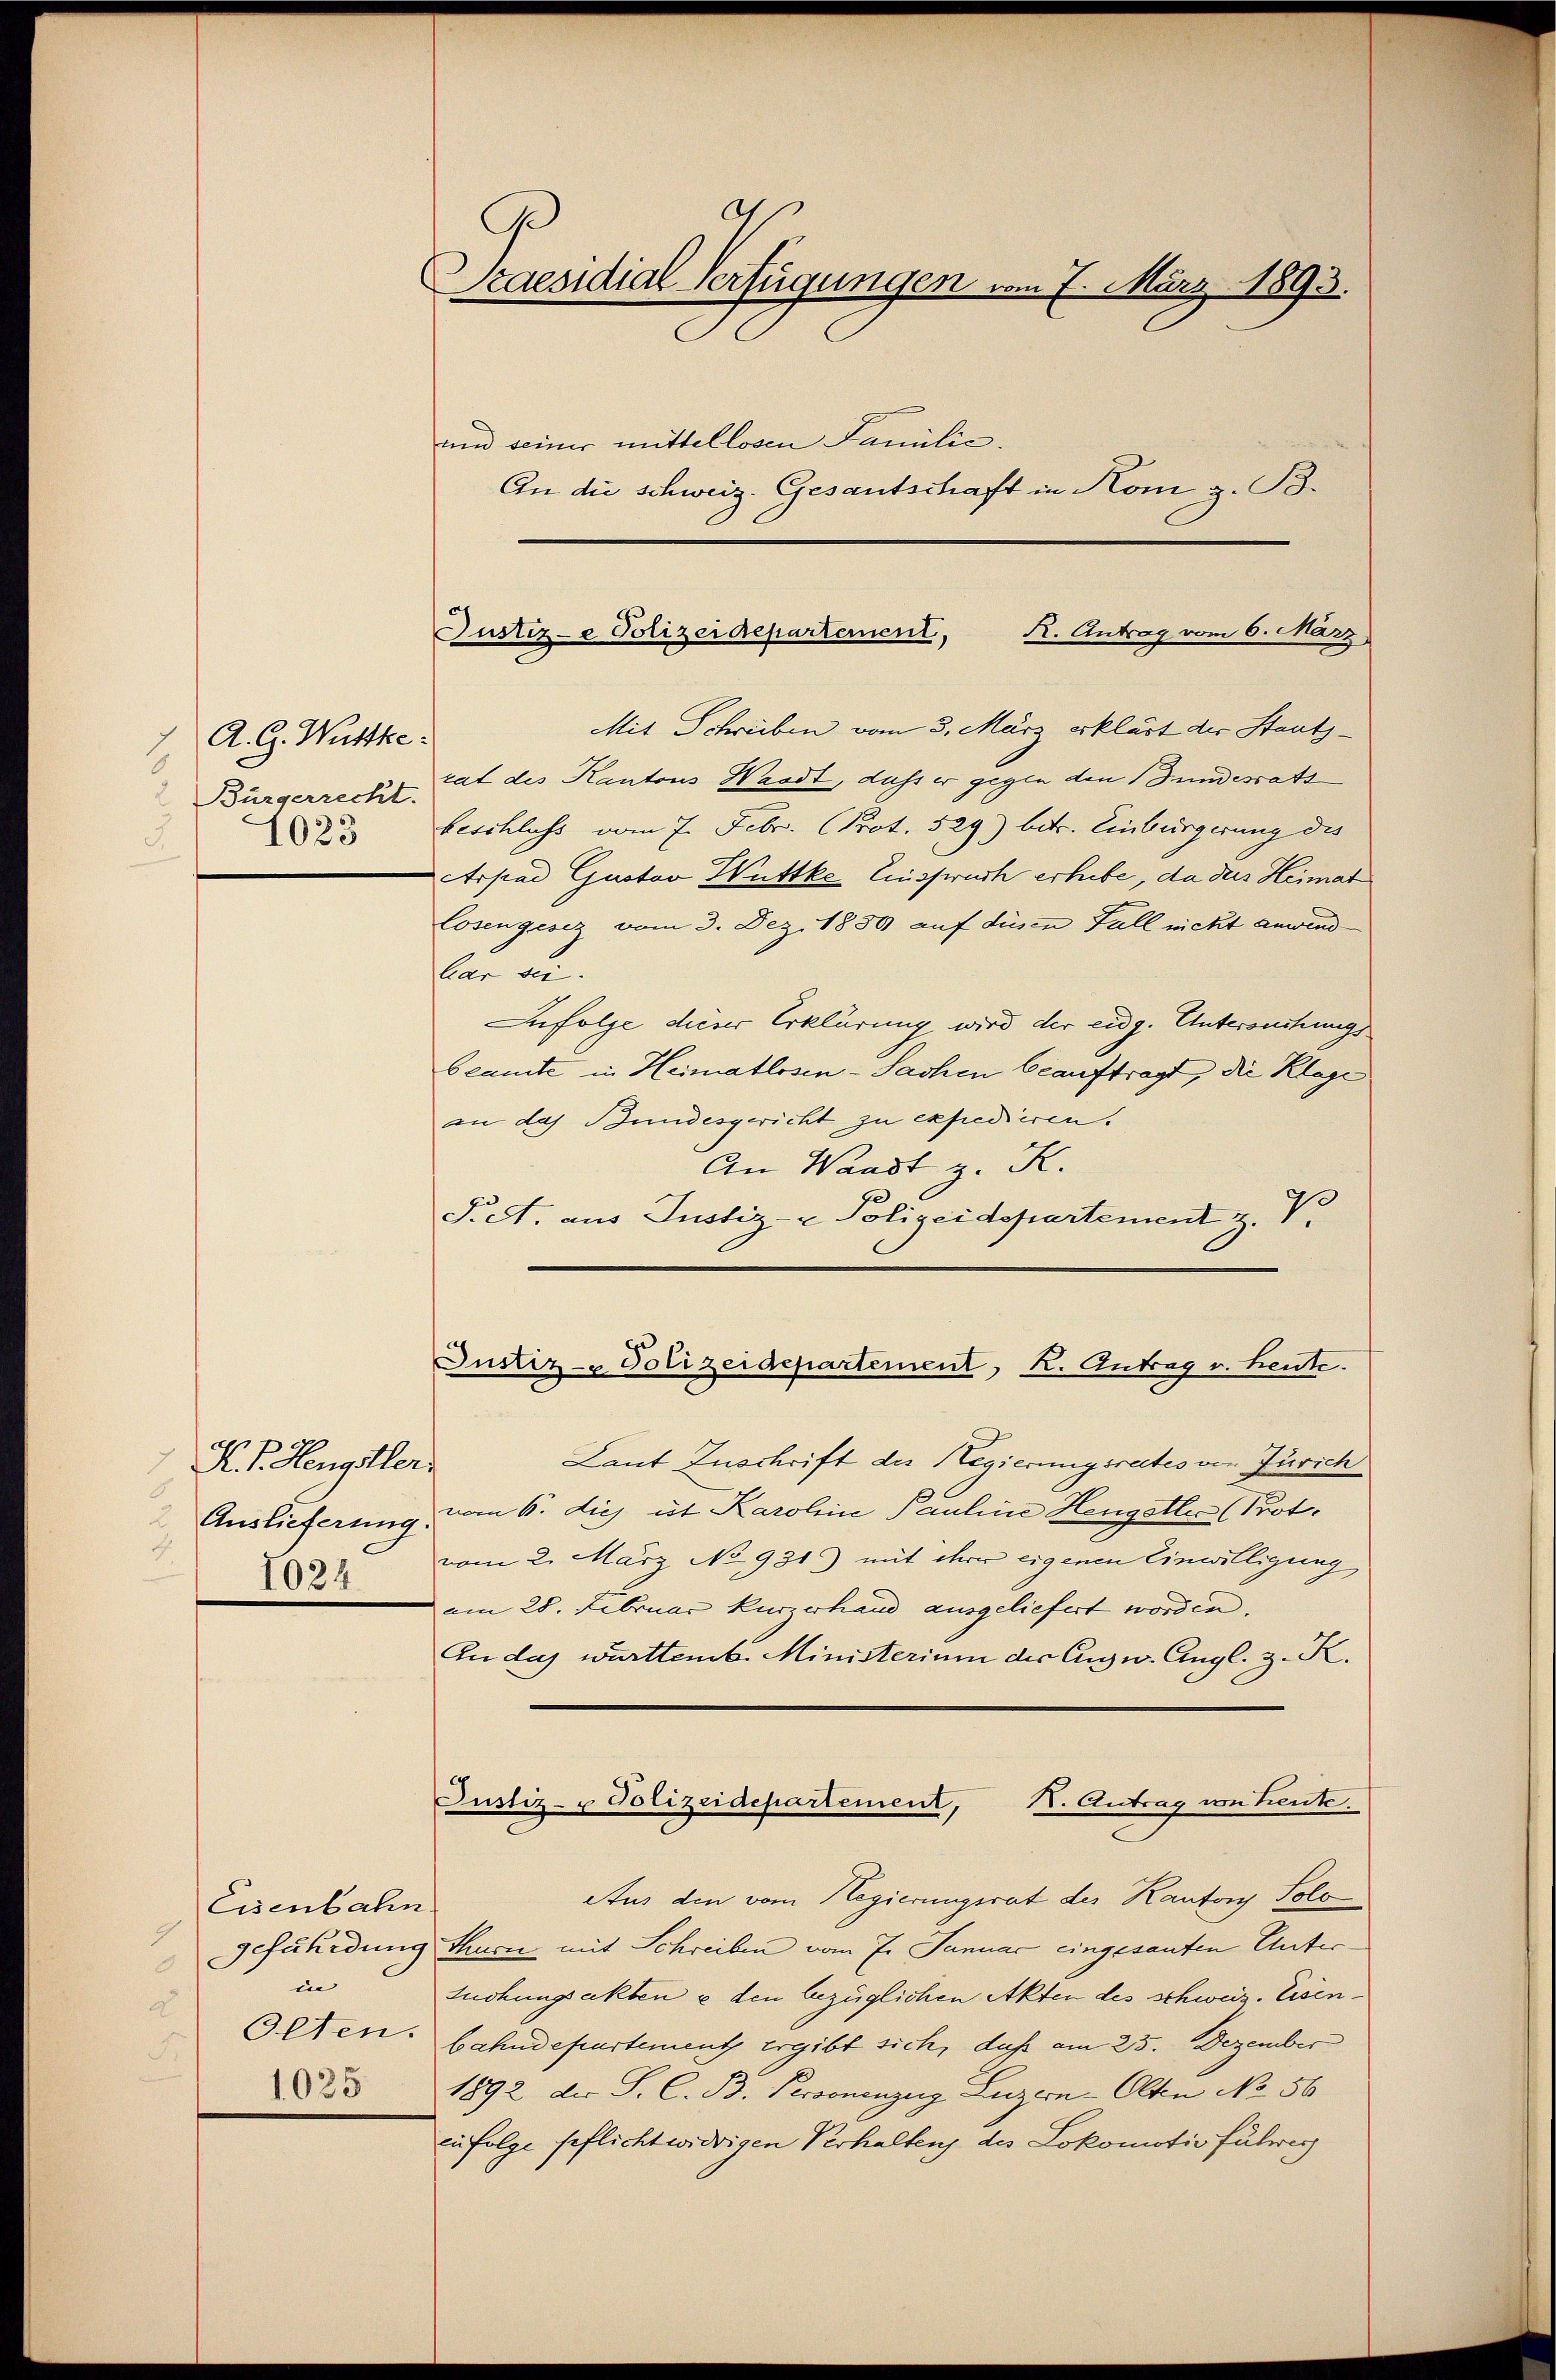
A. G. Wuttke
8
Bürgerrecht.
1023

K. I. Hengstler
 Auslieferung.
7.
1024

Eisenbahn.
9
.
in
2
Olten.
5
1035

2
Praesidial-Verfügungen vom 7. März 1893.
und seiner mittellosen Familić.

Justiz-e Polizeidepartement, K. Antrag vom 6. März

An die schweiz. Gesantschaft in Kom z. B.
Mit Schreiben vom 3. März erklärt der Stautzrat des Kantons Wasst, dass er gegen den Bundesrats
beschluss vom 7. Febr. (Prot. 529) betr. Einbürgerung des
Arpad Gustav Wüttke Einspruch erhebe, da des Heimat
Cosengesez vom 3. Dez. 1859 auf diesen Fall nicht anwend
lar die
Infolge dieser Erklärung wird der eidg. Untersuchungs
beamte in Heimatlosen-Sachen beauftragt, die Klage
an das Bundesgericht zu expedieren.
An Waadt z. K.
Prett. aus Justiz- & Polizeidepartement z. V.
Justiz- Polizeidepartement, K. Antrag v. heute.
Laut Zuschrift der Regierungsrates von Zürich
vom 6. diej ut Karoline Pauline Hengstler (Prot.
vom 2. März No 931) mit ihrer eigenen Einwilligung
am 28. Februar kurzerhand ausgeliefert worden. |
An das württemb. Ministerium der Eugw. Angl. z. K.
Justiz- u Polizeidepartement, I. Antrag von heute.
Aus den vom Regierungsrat des Kanton Solo
gefährdung thurn mit Schreiben vom 7. Januar eingesanten Untersuchungsakten u den bezüglichen Akten des schweiz. Eisenbahndepartement ergibt sich, daß am 25. Dezember
1892 der S. C. B. Personenzung Luzern-Olten No 56
zufolge pflichtwidrigen Verhaltens des Lokomotiv fuhres